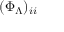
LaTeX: ( \Phi _ { \Lambda } ) _ { i i }